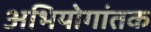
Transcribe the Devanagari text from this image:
अभियोगांतक